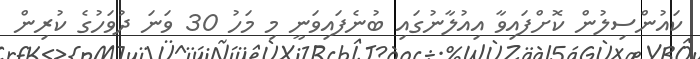
ކައުންސިލުން ކޮށްފައިވާ އިއުލާނުގައި ބުނެފައިވަނީ މި މަހު 30 ވަނަ ދުވަހުގެ ކުރިން